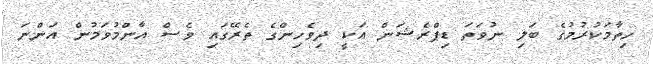
ހިތާމަކުރުމުގެ ބަލި ނުވަތަ ޑިޕްރެޝަން އަކީ ދިވެހިންގެ ތެރޭގައި ވެސް އާންމުވަމުން އަންނަ